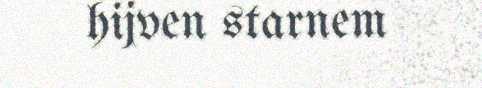
hijven starnem